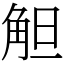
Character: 觛